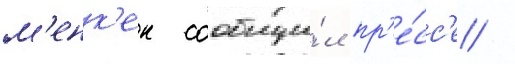
м'енк'ен сообщи́л пр'е́сс'е /